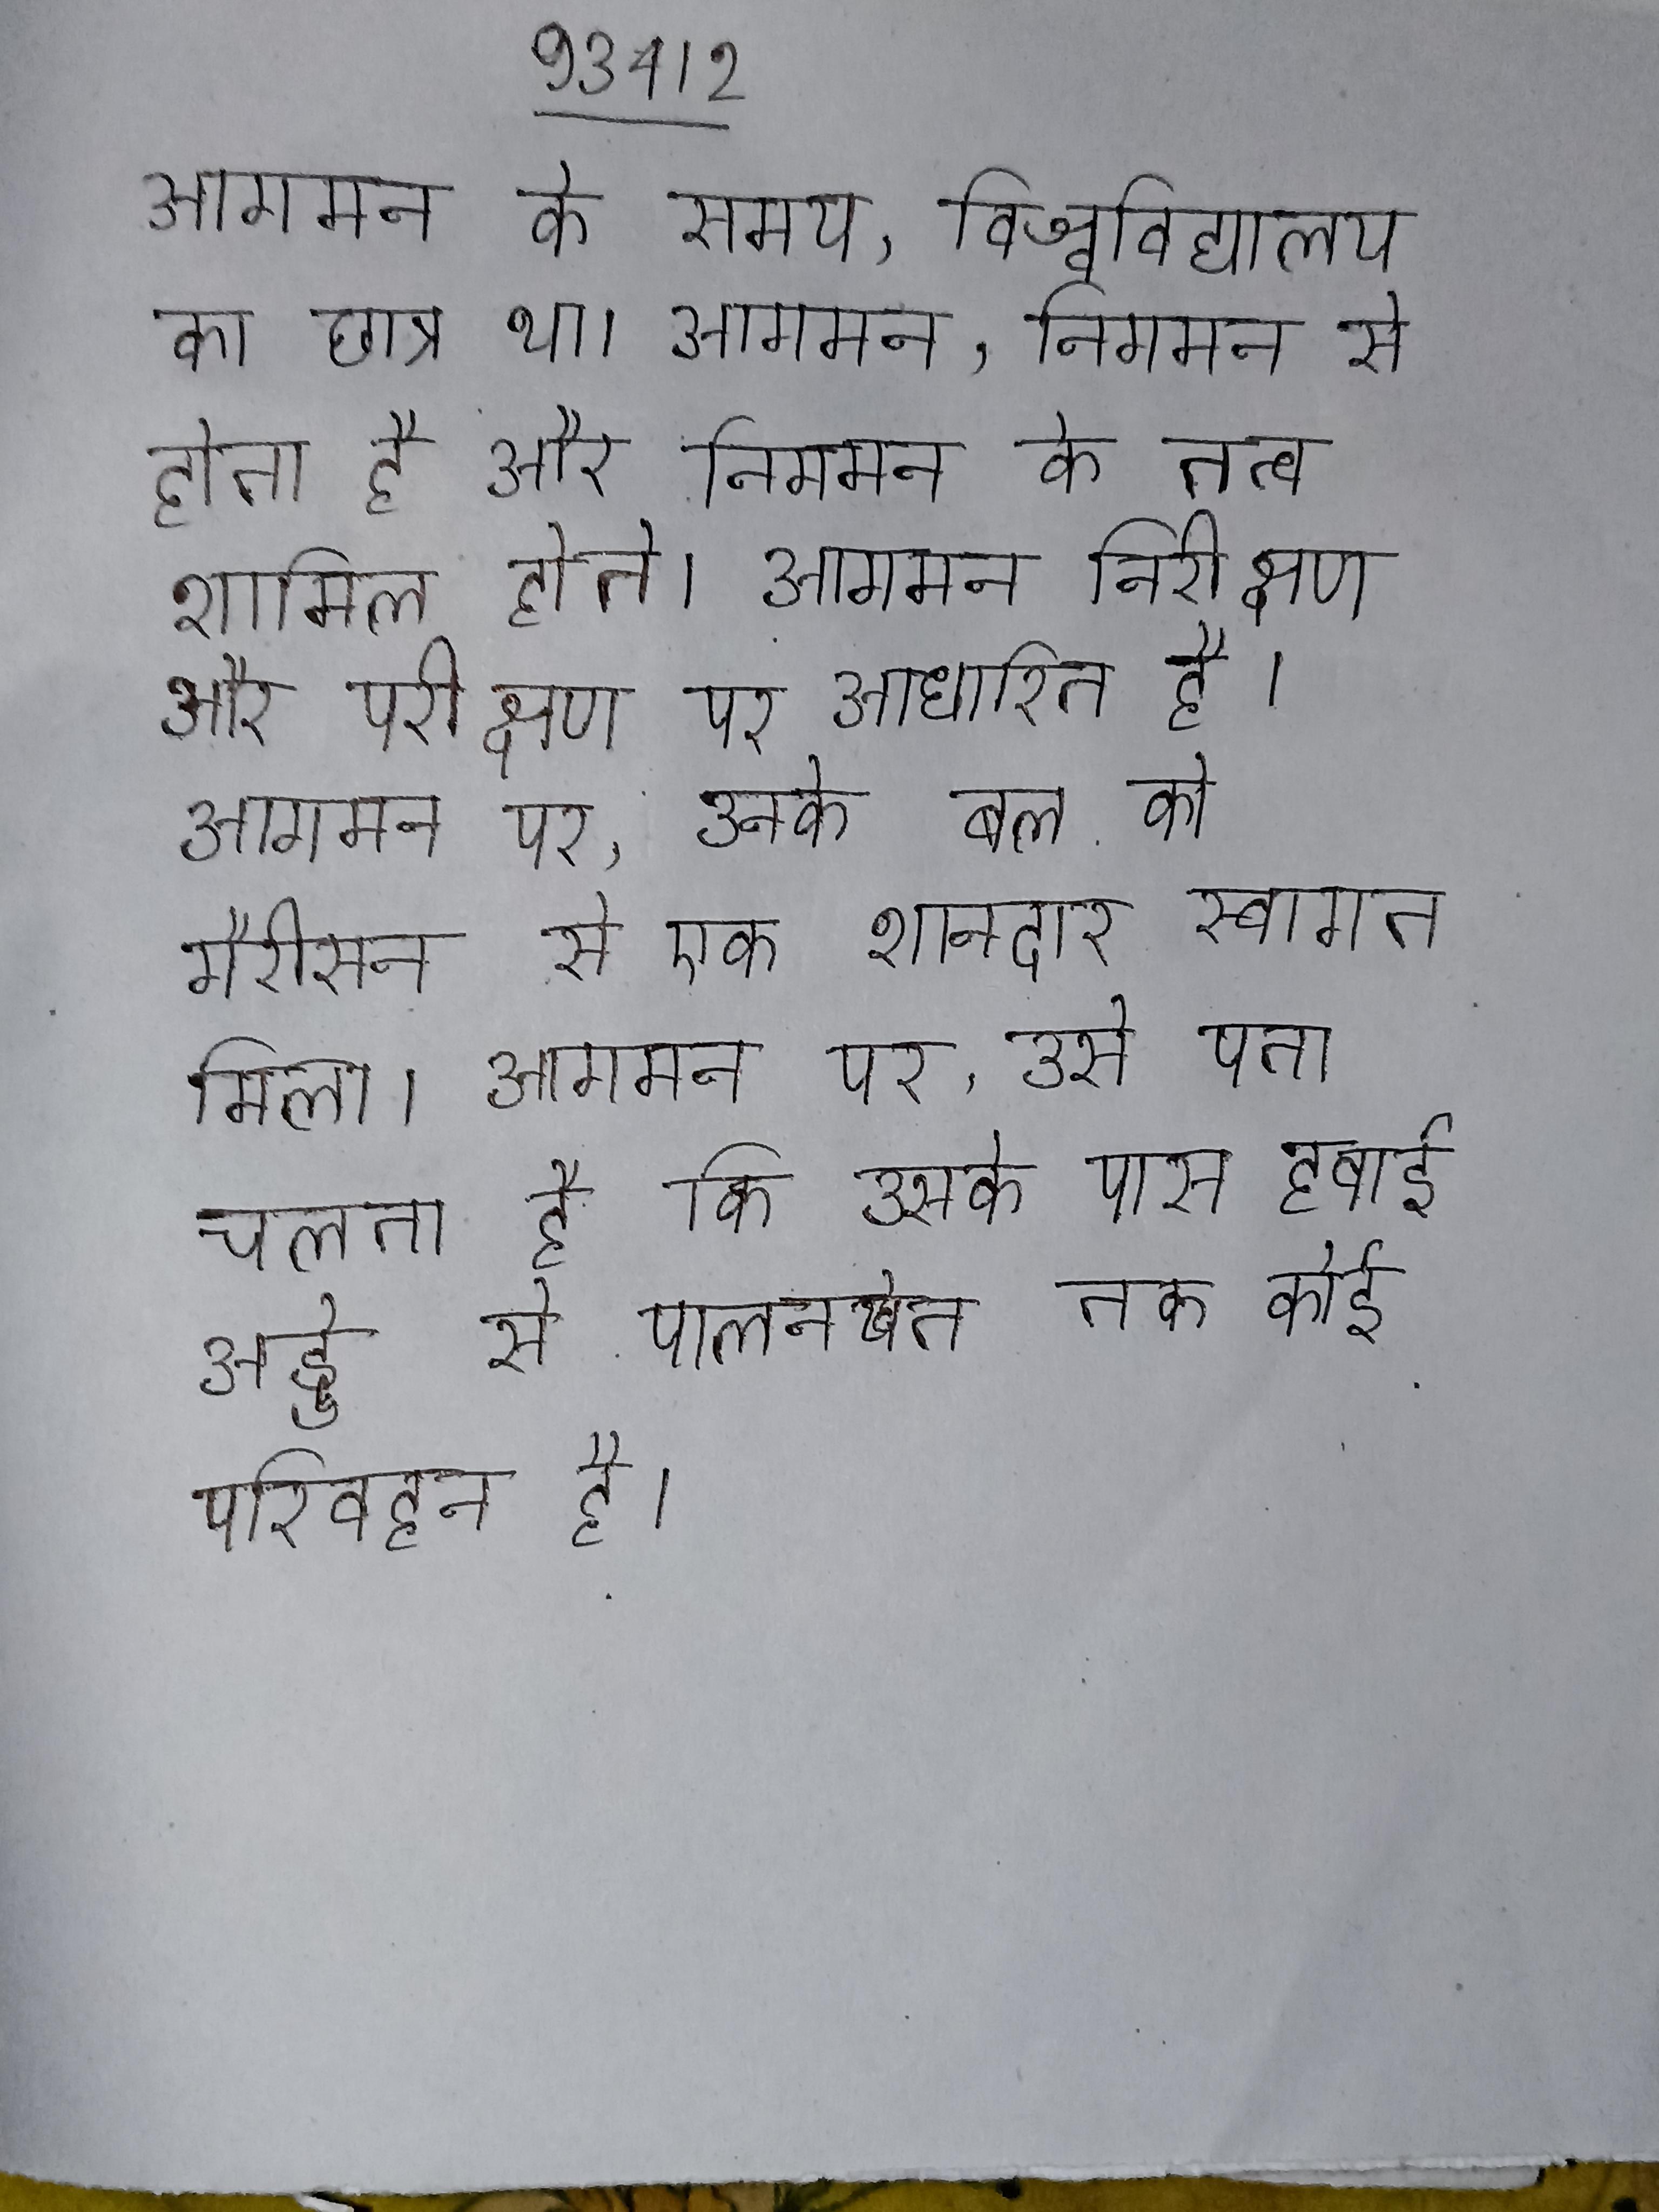
आगमन के समय, विश्वविद्यालय का छात्र था । आगमन, निगमन से होता है और निगमन के तत्व शामिल होते । आगमन निरीक्षण और परीक्षण पर आधारित है । आगमन पर, उनके बल को गैरीसन से एक शानदार स्वागत मिला । आगमन पर, उसे पता चलता है कि उसके पास हवाई अड्डे से पालनखेत तक कोई परिवहन है ।